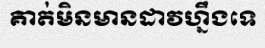
គាត់មិនមានដាវហ្នឹងទេ